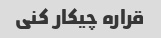
قراره چیکار کنی